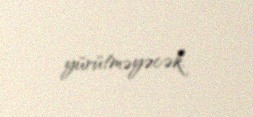
yürütməyəcək.